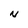
Character: N